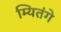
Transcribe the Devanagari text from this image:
म्यितंगे